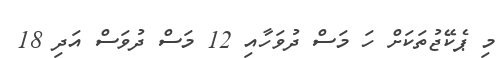
މި ޕެކޭޖުތަކަށް ހަ މަސް ދުވަހާއި 12 މަސް ދުވަސް އަދި 18